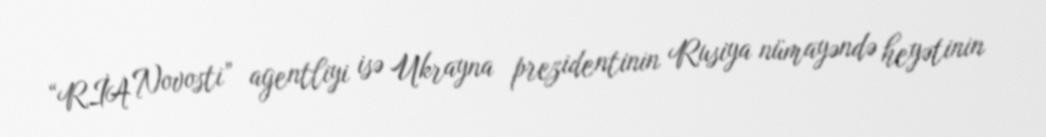
“RİA Novosti” agentliyi isə Ukrayna prezidentinin Rusiya nümayəndə heyətinin